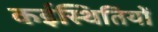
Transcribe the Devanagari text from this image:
कईस्थितियों